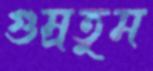
গুম্‌রতুম